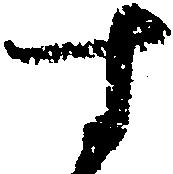
す